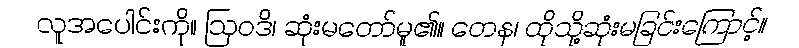
လူအပေါင်းကို။ ဩဝဒိ၊ ဆုံးမတော်မူ၏။ တေန၊ ထိုသို့ဆုံးမခြင်းကြောင့်။